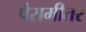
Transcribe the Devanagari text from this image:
पैरामीतर